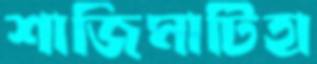
শাজিমাটিহা